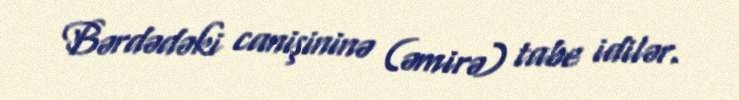
Bərdədəki canişininə (əmirə) tabe idilər.